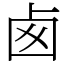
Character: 卥